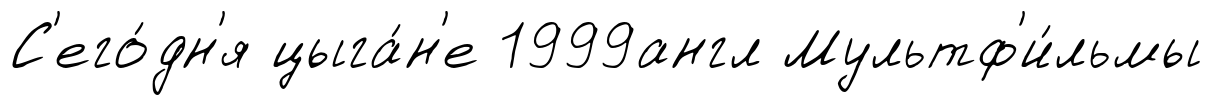
С'его́дн'я цыга́н'е 1999англ Мультф'и́льмы